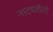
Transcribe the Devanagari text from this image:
नाट्यशैली